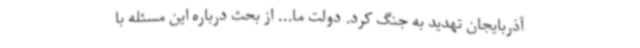
آذربایجان تهدید به جنگ کرد. دولت ما... از بحث درباره این مسئله با